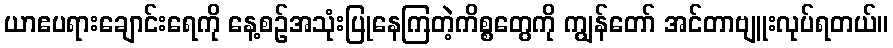
ယာဧပရားချောင်းရေကို နေ့စဉ်အသုံးပြုနေကြတဲ့ကိစ္စတွေကို ကျွန်တော် အင်တာဗျူးလုပ်ရတယ်။